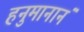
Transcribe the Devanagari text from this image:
हनुमानानं